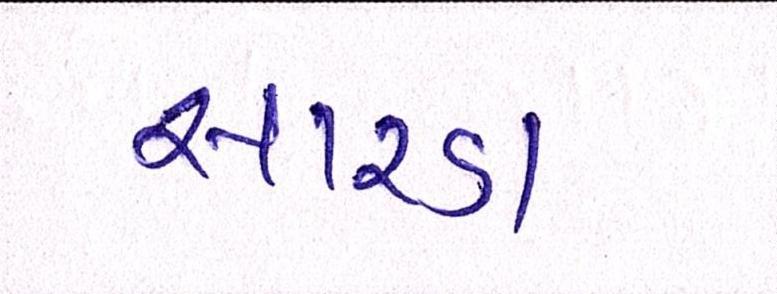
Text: સારડા